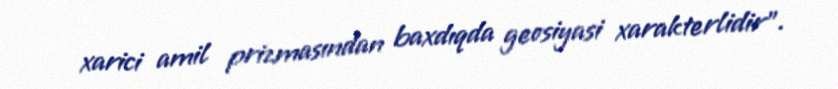
xarici amil prizmasından baxdıqda geosiyasi xarakterlidir”.